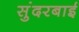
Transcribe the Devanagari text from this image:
सुंदरबाई